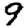
Digit: 9